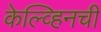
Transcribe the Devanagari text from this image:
केल्व्हिनची